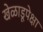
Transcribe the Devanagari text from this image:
खेळाडूपेक्षा